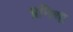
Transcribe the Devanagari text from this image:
प्रनिथा